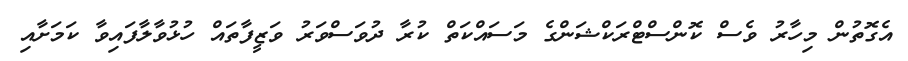
އެގޮތުން މިހާރު ވެސް ކޮންސްޓްރަކްޝަންގެ މަސައްކަތް ކުރާ ދުވަސްވަރު ވަޒީފާތައް ހުޅުވާލާފައިވާ ކަމަށާއި